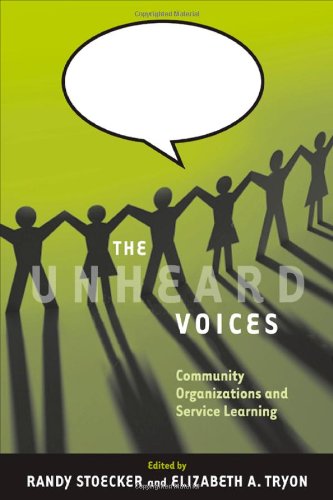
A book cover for The Unheard Voices: Community Organizations and Service Learning; Business & Money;